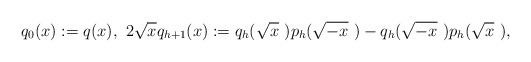
\begin{align*}q_0(x):=q(x),~2\sqrt x q_{h+1}(x):=q_h(\sqrt x~)p_h(\sqrt {-x}~)-q_h(\sqrt {-x}~)p_h(\sqrt x~), \end{align*}